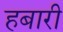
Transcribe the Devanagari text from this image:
हबारी